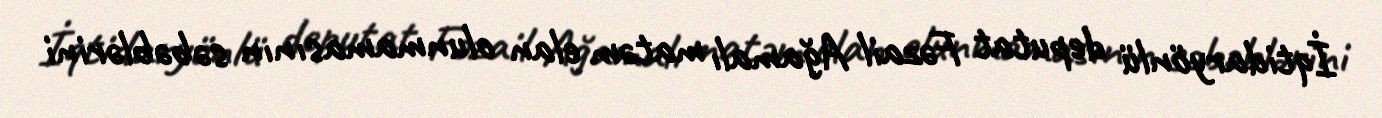
İqtidaryönlü deputat Fəzail Ağamalı matəm elan olunmamasının səbəblərini